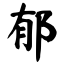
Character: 郁